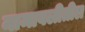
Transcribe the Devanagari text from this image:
नामावलीतील